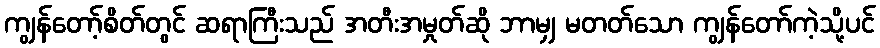
ကျွန်တော့်စိတ်တွင် ဆရာကြီးသည် အတီးအမှုတ်ဆို ဘာမျှ မတတ်သော ကျွန်တော်ကဲ့သို့ပင်